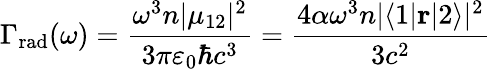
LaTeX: \Gamma_{\mathrm{rad}}(\omega)={\frac{\omega^{3}n|\mu_{12}|^{2}}{3\pi\varepsilon_{0}\hbar c^{3}}}={\frac{4\alpha\omega^{3}n|\langle 1|\mathbf{r}|2\rangle|^{2}}{3c^{2}}}